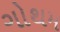
ગોથમ